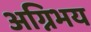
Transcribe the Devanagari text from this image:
अग्निभय